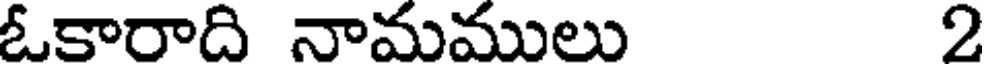
ఓకారాది నామములు 2